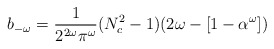
\begin{align*}b_{-\omega}=\frac{1}{2^{2\omega}\pi^{\omega}}(N^{2}_{c}-1)(2\omega-[1-\alpha^{\omega}])\end{align*}